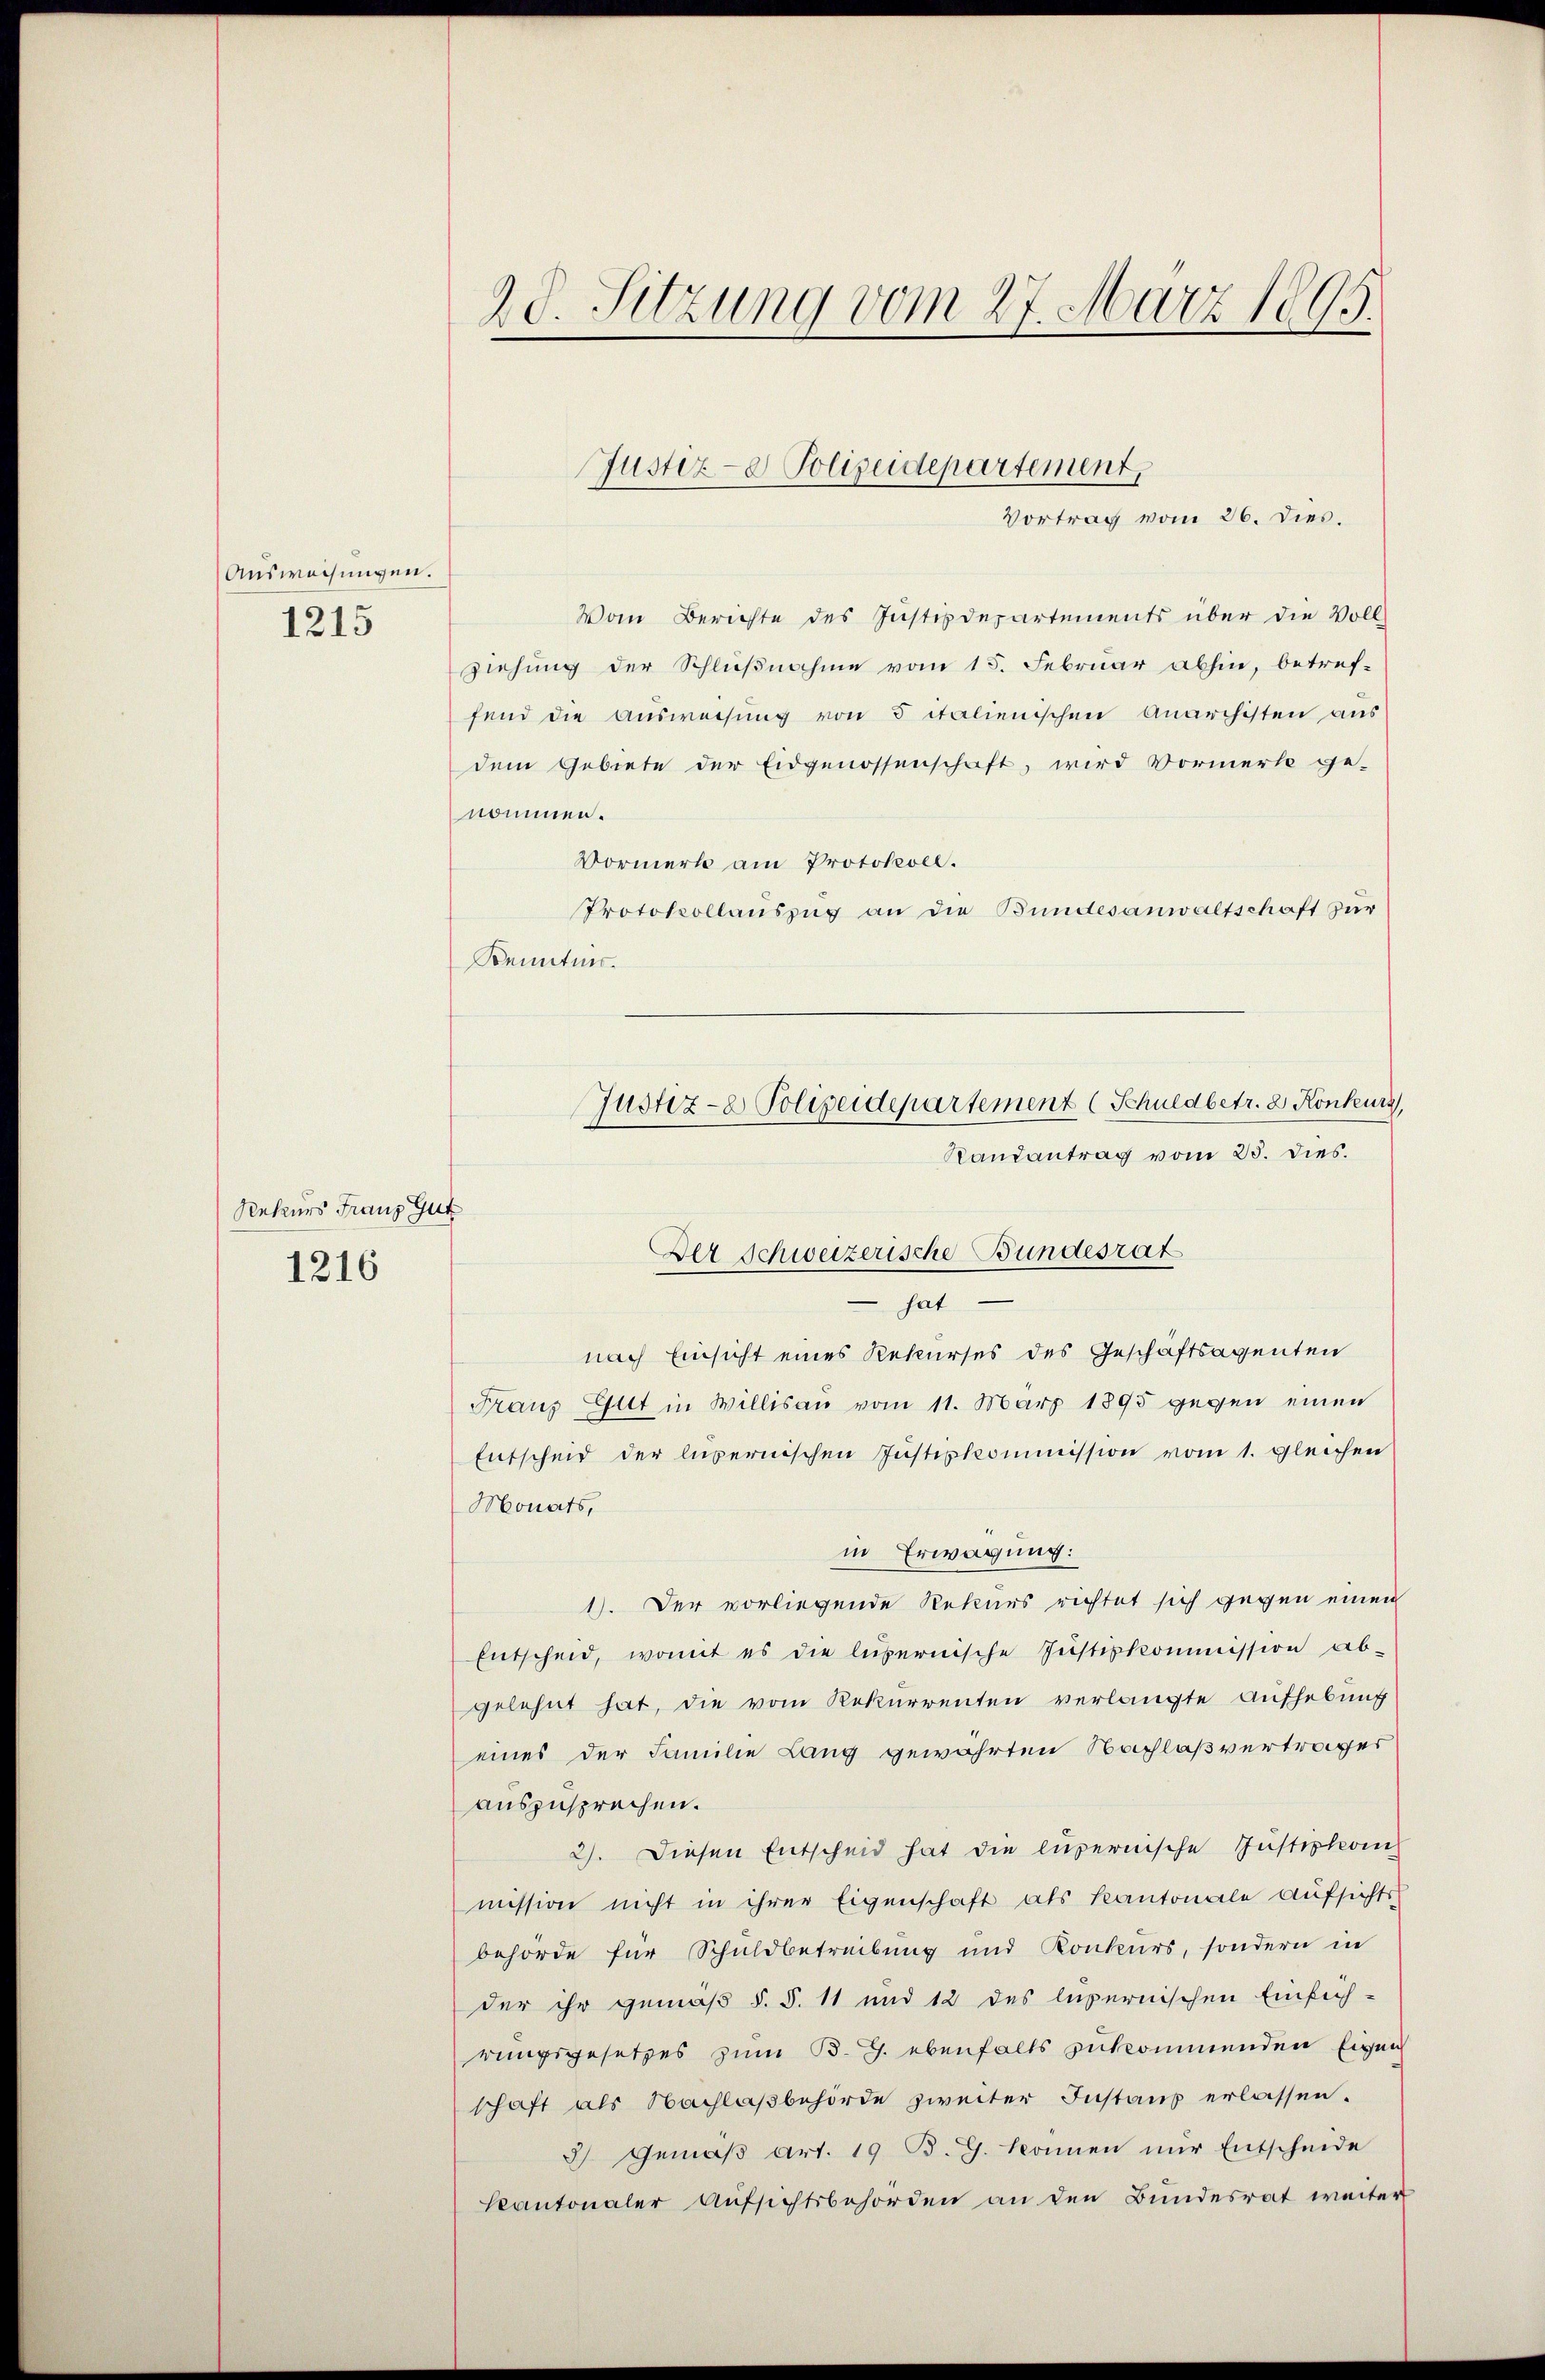
Ausweisungen.

1215

Rekurs Franz Gut
1216

28. Sitzung vom 27. März 1895.

Vortrag vom 26. dies.
Von Berichte des Justizdepartements über die Voll-
ziehung der Schlußnahme vom 15. Februar abhin, betref-
fend die Ausweisung von 5 italienischen Anarchisten aus
dem Gebiete der Eidgenossenschaft, wird Vormerk ge-
nommen.
Vormerk am Protokoll.
Protokollauszug an die Bundesanwaltschaft zur
Kenntnis.
 hat
nach Einsicht eines Rekurses des Geschäftsagenten
Fraus Gitt in Willisau vom 11. März 1895 gegen einen
Entscheid der lupernischen Justizkommission vom 1. gleichen
Monats,
in Erwägung:
1). Der vorliegende Rekurs richtet sich gegen einen
Entscheid, womit es die lübernische Justizkommission ab-
gelehnt hat, die vom Rekurrenten verlangte Aufhebung
eines der Familie Lang gewährten Nachlaßvertrages
auszusprechen.
2). Diesen Entscheid hat die luzernische Justizleven
mission nicht in ihrer Eigenschaft als Kantonale Aufsichts
behörde für Schuldbetreibung und Konkurs, sondern in
der ihr gemäß §. §. 11 und 12 des lupernischen Einsich-
rungsgesetzes zum B. G. ebenfalls zukommenden Eigen
schaft als Nachlaßbehörde zweiter Instanz erlassen.
3) Gemäβ Art. 19 B. G. konnen nŭr Entscheide
kantonaler Aufsichtsbehörden an den Bundesrat weiter

Justiz- & Polizeidepartement,

Justiz- & Polizeidepartement (Schuldbetr. 2 Konkurs,
Randantrag vom 25. dies.
Der Schweizerische Bundesrat